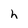
Character: h